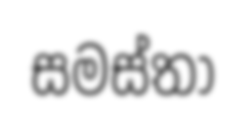
සමස්තා